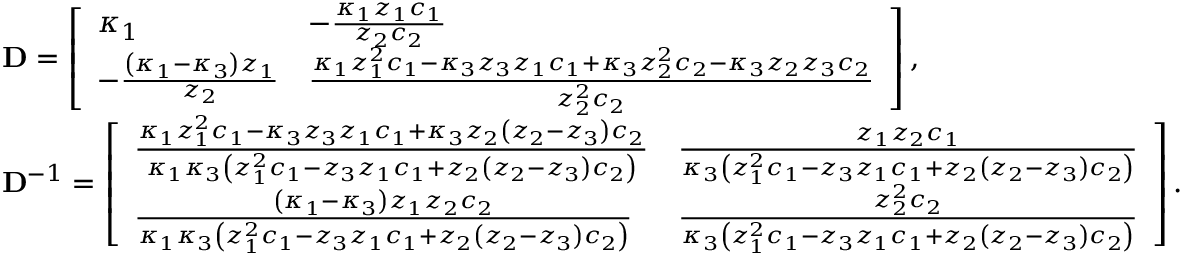
\begin{array} { r l } & { \mathbf { D } = \left[ \begin{array} { l l } { \kappa _ { 1 } } & { - \frac { \kappa _ { 1 } z _ { 1 } c _ { 1 } } { z _ { 2 } c _ { 2 } } } \\ { - \frac { \left( \kappa _ { 1 } - \kappa _ { 3 } \right) z _ { 1 } } { z _ { 2 } } } & { \frac { \kappa _ { 1 } z _ { 1 } ^ { 2 } c _ { 1 } - \kappa _ { 3 } z _ { 3 } z _ { 1 } c _ { 1 } + \kappa _ { 3 } z _ { 2 } ^ { 2 } c _ { 2 } - \kappa _ { 3 } z _ { 2 } z _ { 3 } c _ { 2 } } { z _ { 2 } ^ { 2 } c _ { 2 } } } \end{array} \right] , } \\ & { \mathbf { D } ^ { - 1 } = \left[ \begin{array} { l l } { \frac { \kappa _ { 1 } z _ { 1 } ^ { 2 } c _ { 1 } - \kappa _ { 3 } z _ { 3 } z _ { 1 } c _ { 1 } + \kappa _ { 3 } z _ { 2 } \left( z _ { 2 } - z _ { 3 } \right) c _ { 2 } } { \kappa _ { 1 } \kappa _ { 3 } \left( z _ { 1 } ^ { 2 } c _ { 1 } - z _ { 3 } z _ { 1 } c _ { 1 } + z _ { 2 } \left( z _ { 2 } - z _ { 3 } \right) c _ { 2 } \right) } } & { \frac { z _ { 1 } z _ { 2 } c _ { 1 } } { \kappa _ { 3 } \left( z _ { 1 } ^ { 2 } c _ { 1 } - z _ { 3 } z _ { 1 } c _ { 1 } + z _ { 2 } \left( z _ { 2 } - z _ { 3 } \right) c _ { 2 } \right) } } \\ { \frac { \left( \kappa _ { 1 } - \kappa _ { 3 } \right) z _ { 1 } z _ { 2 } c _ { 2 } } { \kappa _ { 1 } \kappa _ { 3 } \left( z _ { 1 } ^ { 2 } c _ { 1 } - z _ { 3 } z _ { 1 } c _ { 1 } + z _ { 2 } \left( z _ { 2 } - z _ { 3 } \right) c _ { 2 } \right) } } & { \frac { z _ { 2 } ^ { 2 } c _ { 2 } } { \kappa _ { 3 } \left( z _ { 1 } ^ { 2 } c _ { 1 } - z _ { 3 } z _ { 1 } c _ { 1 } + z _ { 2 } \left( z _ { 2 } - z _ { 3 } \right) c _ { 2 } \right) } } \end{array} \right] . } \end{array}